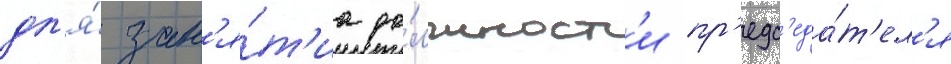
дл'я́ зан'я́т'иа до́лжност'и пр'едс'еда́т'ел'я